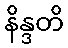
နိန္ဒတိ